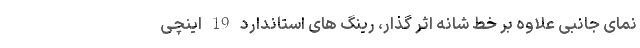
نمای جانبی علاوه بر خط شانه اثر گذار، رینگ های استاندارد 19 اینچی